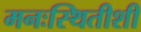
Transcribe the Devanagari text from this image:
मनःस्थितीशी